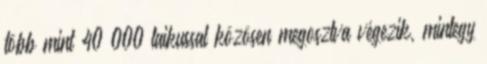
több mint 40 000 laikussal közösen megosztva végezik, mintegy